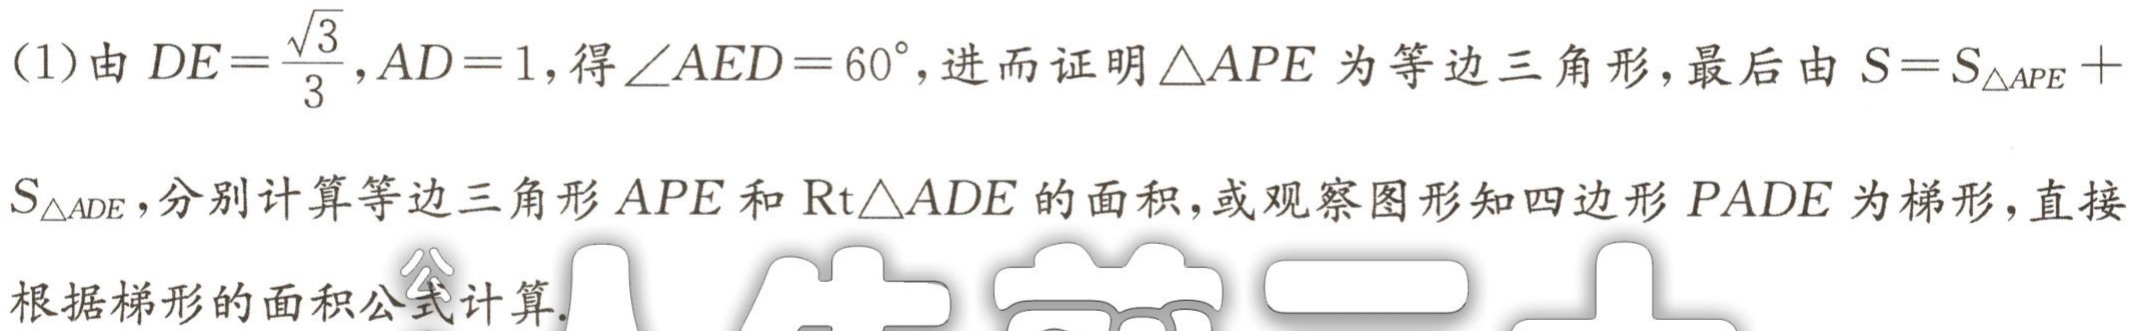
(1)由\(DE = \frac{\sqrt{3}}{3},AD = 1\),得\(\angle AED = 60^{\circ}\),进而证明\(\triangle APE\)为等边三角形,最后由\(S = S_{\triangle APE}+S_{\triangle ADE}\),分别计算等边三角形\(APE\)和\(Rt\triangle ADE\)的面积,或观察图形知四边形\(PADE\)为梯形,直接根据梯形的面积公式计算.